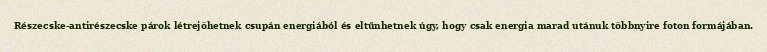
Részecske-antirészecske párok létrejöhetnek csupán energiából és eltűnhetnek úgy, hogy csak energia marad utánuk többnyire foton formájában.